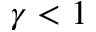
\gamma < 1